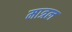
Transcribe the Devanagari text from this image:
मात्रल